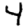
Digit: 4